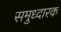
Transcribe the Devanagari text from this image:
समुध्दारक